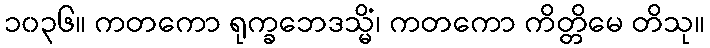
၁၀၃၆။ ကတကော ရုက္ခဘေဒသ္မိံ၊ ကတကော ကိတ္တိမေ တိသု။